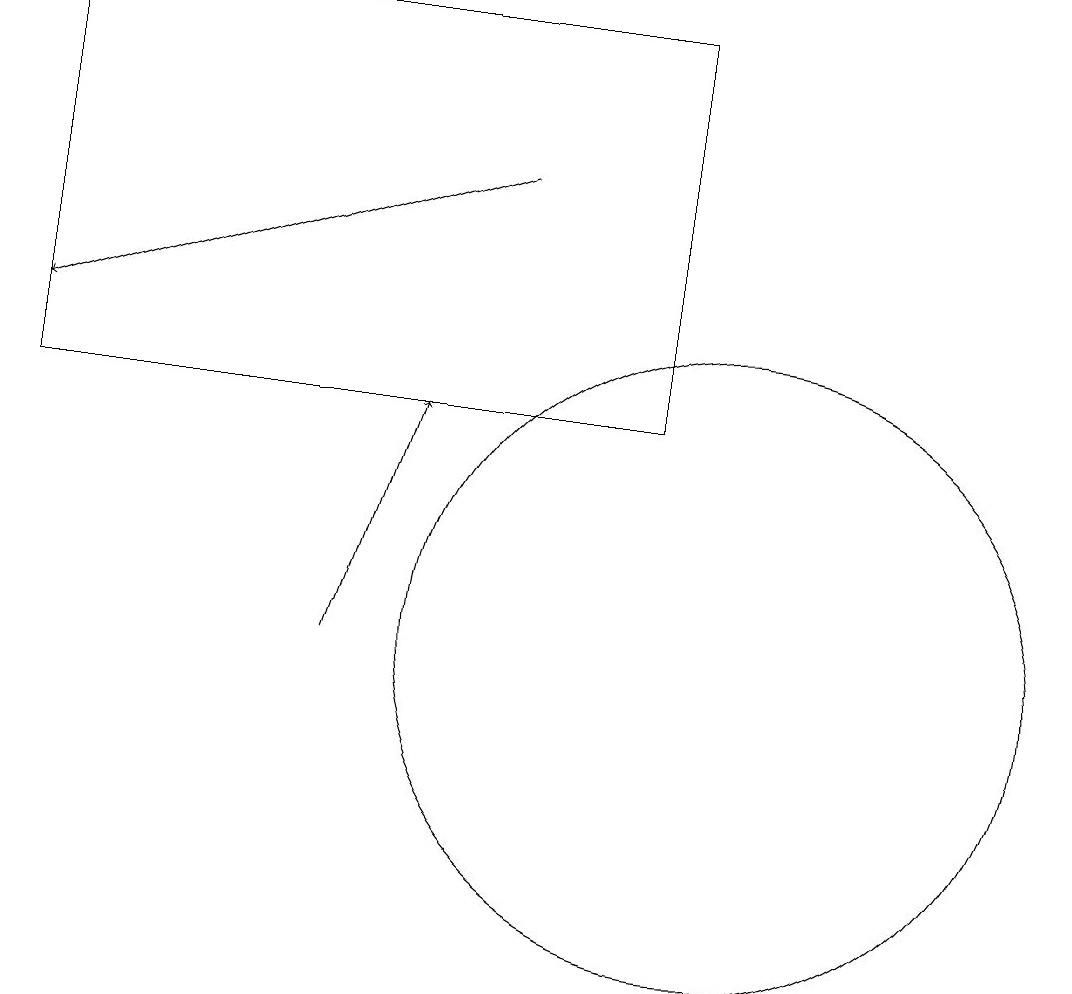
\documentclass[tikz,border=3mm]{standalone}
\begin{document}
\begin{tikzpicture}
\draw[->] (7,16) -- (1,14);
\draw[->] (5,10) -- (6,13);
\draw (9,13) rectangle (1,18);
\draw (10,10) circle (4);
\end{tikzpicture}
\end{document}